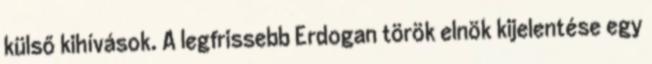
külső kihívások. A legfrissebb Erdogan török elnök kijelentése egy